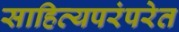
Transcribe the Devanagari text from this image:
साहित्यपरंपरेत